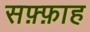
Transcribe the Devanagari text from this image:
सफ़्फ़ाह